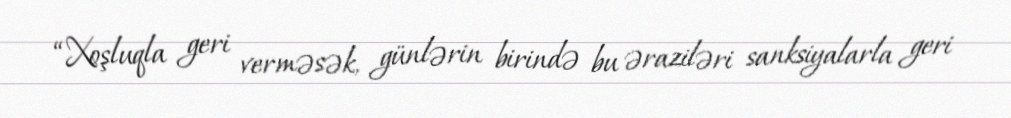
“Xoşluqla geri verməsək, günlərin birində bu əraziləri sanksiyalarla geri